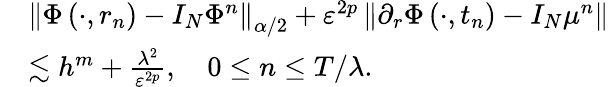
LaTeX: \begin{array}{rl}&{\left\| \Phi\left(\cdot,r_{n}\right)-I_{N}\Phi^{n}\right\| _{\alpha/2}+\varepsilon^{2p}\left\| \partial_{r}\Phi\left(\cdot,t_{n}\right)-I_{N}\mu^{n}\right\| }\\ &{\lesssim h^{m}+\frac{\lambda^{2}}{\varepsilon^{2p}},\quad 0\leq n\leq T/{\lambda}.}\end{array}